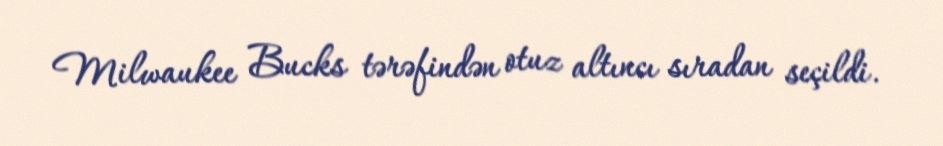
Milwaukee Bucks tərəfindən otuz altıncı sıradan seçildi.